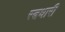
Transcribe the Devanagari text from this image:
स्त्नधारी